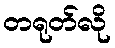
တရုတ်လို